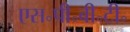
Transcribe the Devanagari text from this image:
एस॰पी॰बी॰टी॰